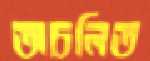
অচলিত